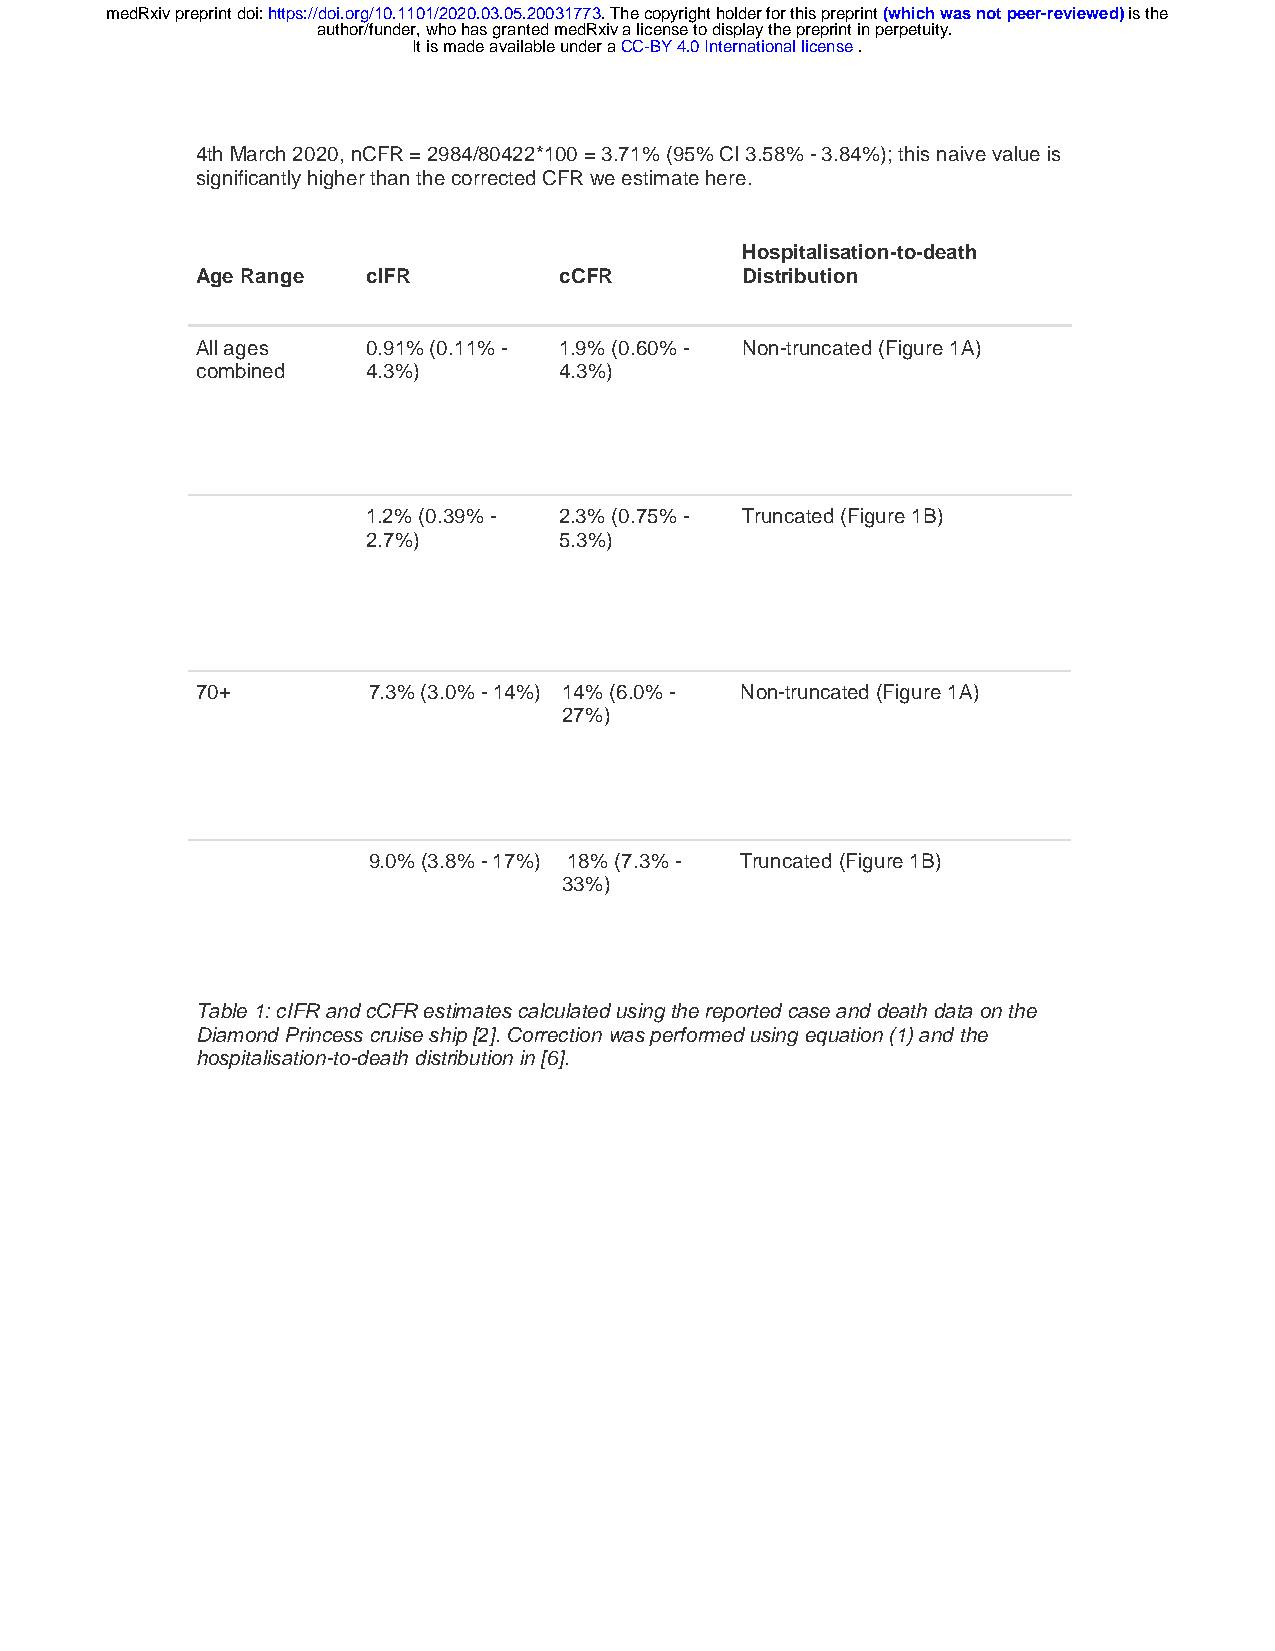
medRxiv preprint doi: https://doi.org/10.1101/2020.03.05.20031773. The copyright holder for this preprint (which was not peer-reviewed) is the
 author/funder, who has granted medRxiv a license to display the preprint in perpetuity.
 It is made available under a CC-BY 4.0 International license .
 4th March 2020, nCFR = 2984/80422*100 = 3.71% (95% CI 3.58% - 3.84%); this naive value is
 significantly higher than the corrected CFR we estimate here.
 Hospitalisation-to-death
 Age Range  cIFR         cCFR        Distribution
 All ages   0.91% (0.11% - 1.9% (0.60% - Non-truncated (Figure 1A)
 combined   4.3%)        4.3%)
 1.2% (0.39% - 2.3% (0.75% - Truncated (Figure 1B)
 2.7%)        5.3%)
 70+        7.3% (3.0% - 14%) 14% (6.0% - Non-truncated (Figure 1A)
 27%)
 9.0% (3.8% - 17%) 18% (7.3% - Truncated (Figure 1B)
 33%)
 Table 1: cIFR and cCFR estimates calculated using the reported case and death data on the
 Diamond Princess cruise ship [2]. Correction was performed using equation (1) and the
 hospitalisation-to-death distribution in [6].